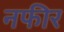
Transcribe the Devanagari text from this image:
नफीर